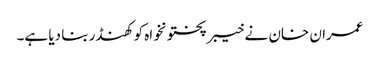
عمران خان نے خیبرپختونخواہ کو کھنڈر بنا دیا ہے۔